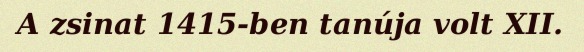
A zsinat 1415-ben tanúja volt XII.